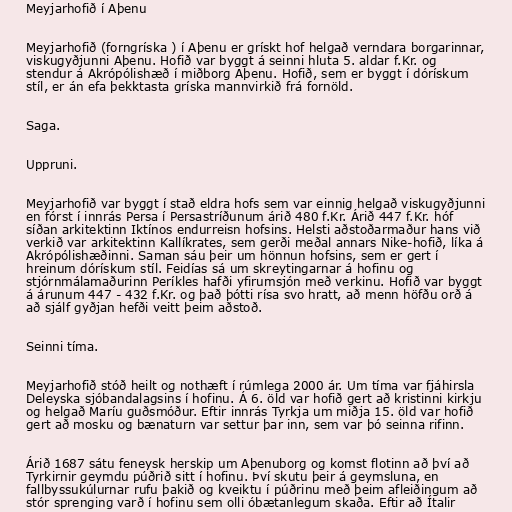
Meyjarhofið í Aþenu

Meyjarhofið (forngríska ) í Aþenu er grískt hof helgað verndara borgarinnar,
viskugyðjunni Aþenu. Hofið var byggt á seinni hluta 5. aldar f.Kr. og
stendur á Akrópólishæð í miðborg Aþenu. Hofið, sem er byggt í dórískum
stíl, er án efa þekktasta gríska mannvirkið frá fornöld.

Saga.

Uppruni.

Meyjarhofið var byggt í stað eldra hofs sem var einnig helgað viskugyðjunni
en fórst í innrás Persa í Persastríðunum árið 480 f.Kr. Árið 447 f.Kr. hóf
síðan arkitektinn Iktínos endurreisn hofsins. Helsti aðstoðarmaður hans við
verkið var arkitektinn Kallíkrates, sem gerði meðal annars Nike-hofið, líka á
Akrópólishæðinni. Saman sáu þeir um hönnun hofsins, sem er gert í
hreinum dórískum stíl. Feidías sá um skreytingarnar á hofinu og
stjórnmálamaðurinn Períkles hafði yfirumsjón með verkinu. Hofið var byggt
á árunum 447 - 432 f.Kr. og það þótti rísa svo hratt, að menn höfðu orð á
að sjálf gyðjan hefði veitt þeim aðstoð.

Seinni tíma.

Meyjarhofið stóð heilt og nothæft í rúmlega 2000 ár. Um tíma var fjáhirsla
Deleyska sjóbandalagsins í hofinu. Á 6. öld var hofið gert að kristinni kirkju
og helgað Maríu guðsmóður. Eftir innrás Tyrkja um miðja 15. öld var hofið
gert að mosku og bænaturn var settur þar inn, sem var þó seinna rifinn.

Árið 1687 sátu feneysk herskip um Aþenuborg og komst flotinn að því að
Tyrkirnir geymdu púðrið sitt í hofinu. Því skutu þeir á geymsluna, en
fallbyssukúlurnar rufu þakið og kveiktu í púðrinu með þeim afleiðingum að
stór sprenging varð í hofinu sem olli óbætanlegum skaða. Eftir að Ítalir